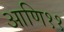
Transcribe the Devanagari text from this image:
आणि११